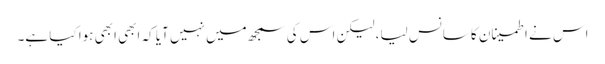
اس نے اطمینان کا سانس لیا، لیکن اس کی سمجھ میں نہیں آیا کہ ابھی ابھی ہوا کیا ہے۔